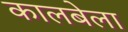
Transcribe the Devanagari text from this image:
कालबेला